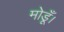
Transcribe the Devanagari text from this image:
मोडूँ।